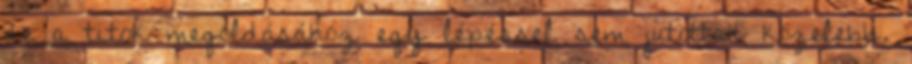
de a titok megoldásához egy lépéssel sem jutottak közelebb.